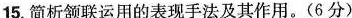
15.简析颔联运用的表现手法及其作用。(6分)